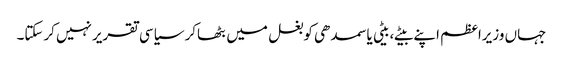
جہاں وزیراعظم اپنے بیٹے،بیٹی یا سمدھی کوبغل میں بٹھاکر سیاسی تقریرنہیں کرسکتا۔